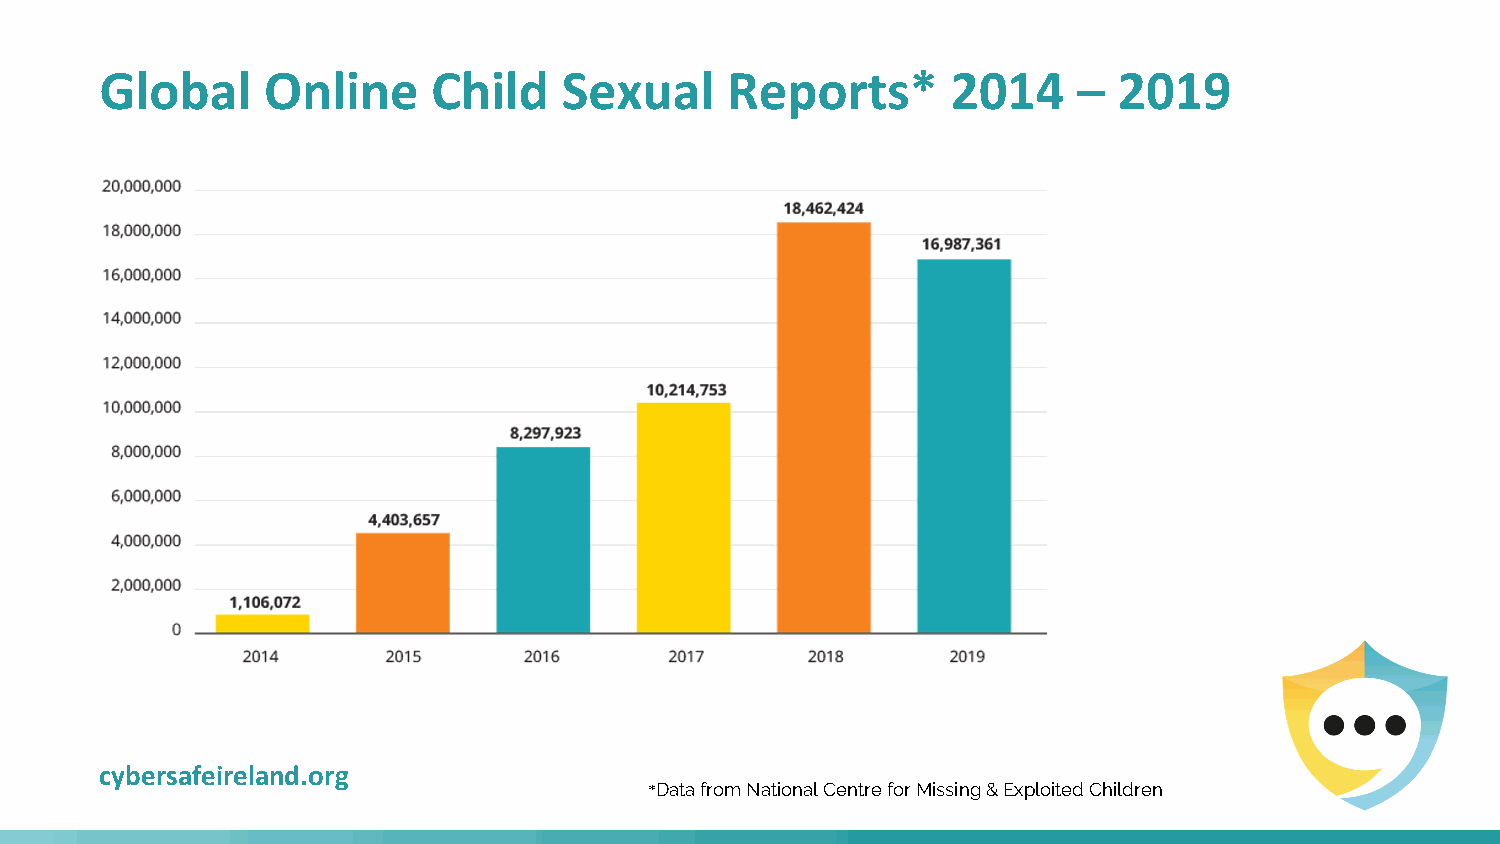
Global    Online      Child   Sexual     Reports*       2014    –  2019
 cybersafeireland.org
 *Data from National Centre for Missing & Exploited Children